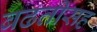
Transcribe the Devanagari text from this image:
बढतीसह